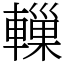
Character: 轈